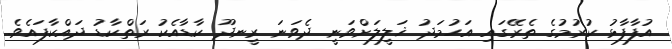
އުފާފާޅު ކުރުމުގެ ތެރޭގައި އަހުމަދު ޚަލީލަށްވަނީ ދެވަނަ ރީނދޫ ކާޑާއެކު ރަތްކާޑު ދައްކާފައެވެ.